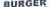
BURGER